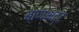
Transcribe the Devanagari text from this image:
बाणभट्‌ट